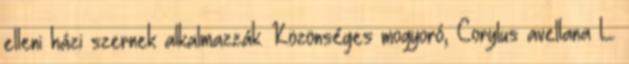
elleni házi szernek alkalmazzák. Közönséges mogyoró, Corylus avellana L.